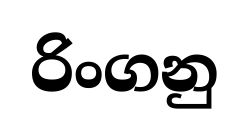
රිංගනු